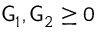
\mathsf { G } _ { 1 } , \mathsf { G } _ { 2 } \geq 0